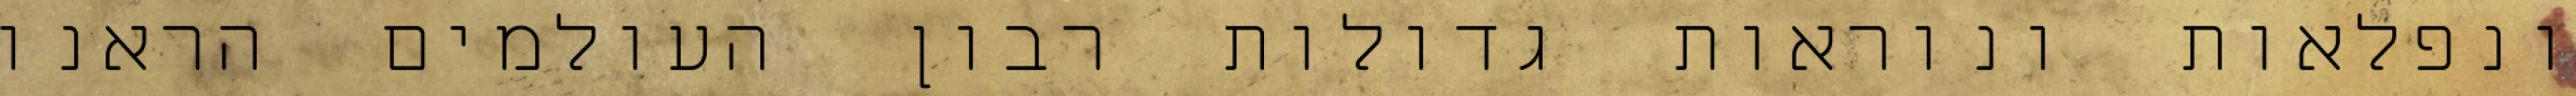
ונפלאות ונוראות גדולות רבון העולמים הראנו